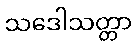
သဒေါသတ္တာ